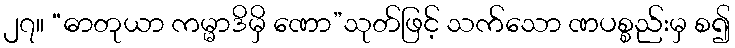
၂၇။ “ဓာတုယာ ကမ္မာဒိမှိ ဏော”သုတ်ဖြင့် သက်သော ဏပစ္စည်းမှ စ၍